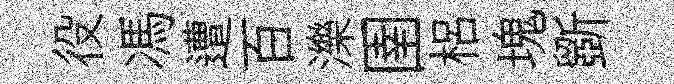
役馮遭百濼圉梠塊斵